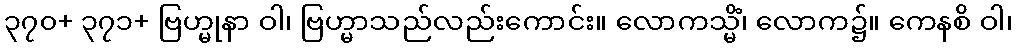
၃၇၀+ ၃၇၁+ ဗြဟ္မုနာ ဝါ၊ ဗြဟ္မာသည်လည်းကောင်း။ လောကသ္မိံ၊ လောက၌။ ကေနစိ ဝါ၊